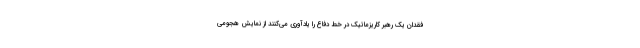
فقدان یک رهبر کاریزماتیک در خط دفاع را یادآوری می‌کنند از نمایش هجومی